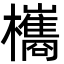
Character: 欈